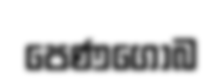
පෙණගොබ